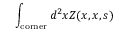
\int _ { \mathrm { c o r n e r } } d ^ { 2 } x Z ( x , x , s )